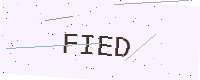
Text: FIED